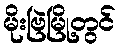
မိုးဗြဲမြို့တွင်